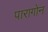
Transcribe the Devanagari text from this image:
पारागोन